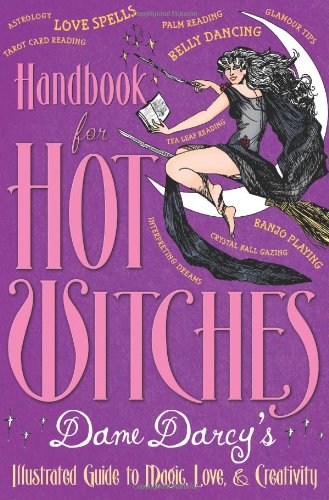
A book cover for Handbook for Hot Witches: Dame Darcy's Illustrated Guide to Magic, Love, and Creativity; Dame Darcy; Teen & Young Adult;